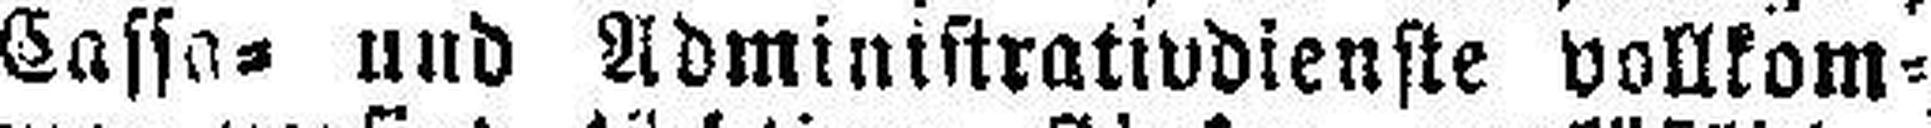
Cassa= und Administrativdienste vollkom¬